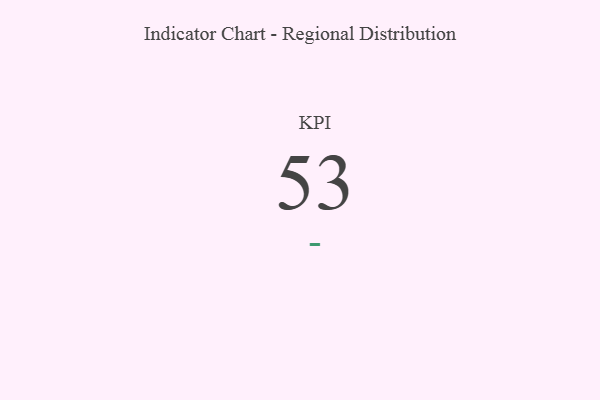
{"axis": {"x": "KPI", "y": "Value"}, "legend": [""], "data": [{"x": "KPI", "y": 53, "type": ""}]}